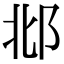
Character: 邶